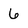
Character: 6